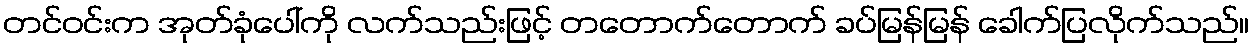
တင်ဝင်းက အုတ်ခုံပေါ်ကို လက်သည်းဖြင့် တတောက်တောက် ခပ်မြန်မြန် ခေါက်ပြလိုက်သည်။